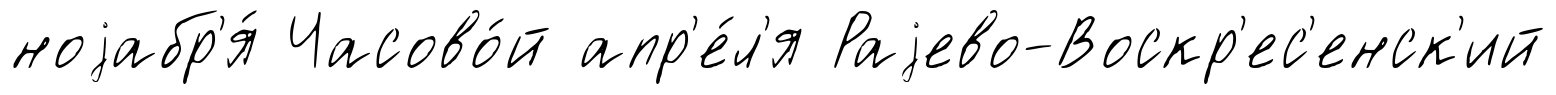
ноjабр'я́ Часово́й апр'е́л'я Раjево-Воскр'ес'енск'ий